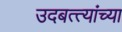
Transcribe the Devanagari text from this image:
उदबत्त्यांच्या